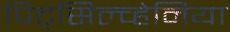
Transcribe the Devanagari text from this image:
पिट्‌सिल्व्हेनिया